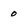
Character: 0